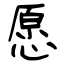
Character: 愿